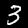
Digit: 3